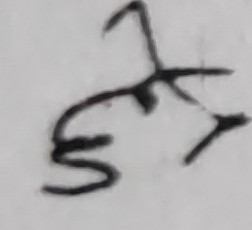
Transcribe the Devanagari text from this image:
5 त